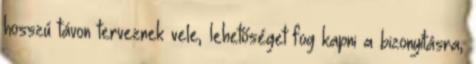
hosszú távon terveznek vele, lehetőséget fog kapni a bizonyításra,